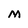
Character: M